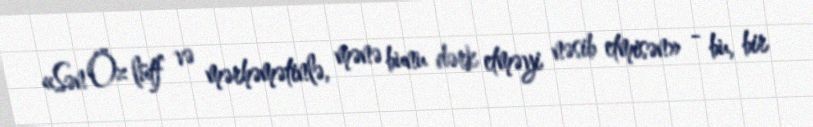
«Sən Öz lütf və mərhəmətinlə, mənə bunu dərk etməyi nəsib etmisən» - bu, bir